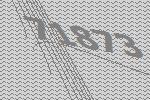
71873